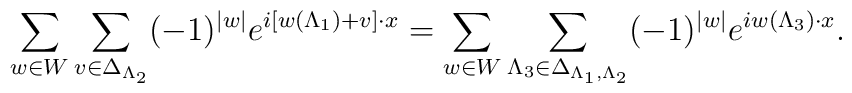
\sum_{w\in W}\sum_{v\in\Delta_{\Lambda_{2}}}(-1)^{|w|}e^{i\left[w(\Lambda_{1})+v\right]\cdot x}=\sum_{w\in W}\sum_{\Lambda_{3}\in\Delta_{\Lambda_{1},\Lambda_{2}}}(-1)^{|w|}e^{iw(\Lambda_{3})\cdot x}.